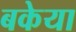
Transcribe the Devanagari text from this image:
बकेया